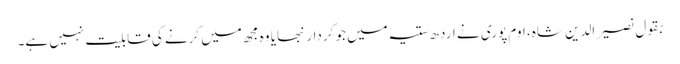
بقول نصیر الدین شاہ، اوم پوری نے ارد ھ ستیہ میں جو کردار نبھایا وہ مجھ میں کرنے کی قابلیت نہیں ہے۔